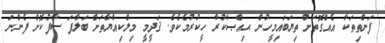
ފަންތިތަކާ އެއްގޮތަށް ތިޔަބައިމީހުން ޙިއްޞާކުރާ ހީކުރުމެކެވެ. ޤަދީމީ މިލްކިއްޔާތަށް ބަލާފަ ސާފުކޮށް ފެންނަ